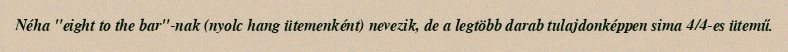
Néha "eight to the bar"-nak (nyolc hang ütemenként) nevezik, de a legtöbb darab tulajdonképpen sima 4/4-es ütemű.